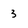
Character: 3